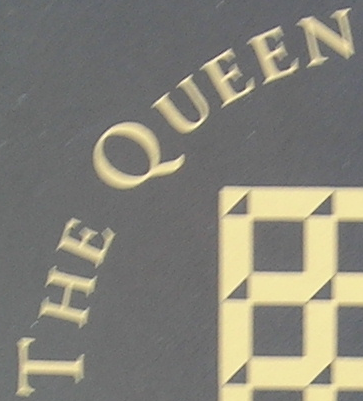
THE QUEEN